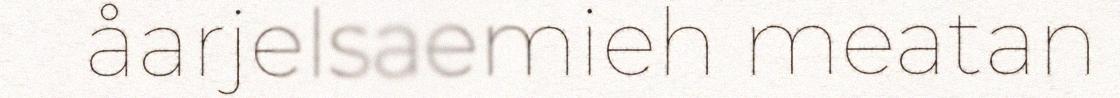
åarjelsaemieh meatan